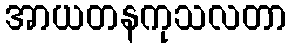
အာယတနကုသလတာ